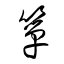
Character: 箪